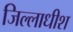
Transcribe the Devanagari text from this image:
जिल्लाधीश